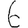
Digit: 6